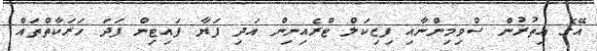
އޭގެ އިތުރުން ސްވިމިންނާއި ފިޒިކަލް ޓްރެއިނިން އަދި ފަޔާ ފައިޓިން ފަދަ ހަރަކާތްތައް